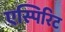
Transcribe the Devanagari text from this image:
एस्पिरिट